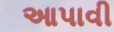
આપાવી